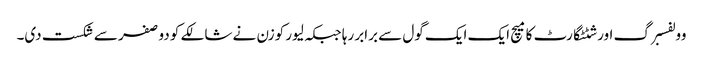
وولفسبرگ اور شٹٹگارٹ کا میچ ایک ایک گول سے برابر رہا جبکہ لیور کوزن نے شالکے کو دو صفر سے شکست دی۔